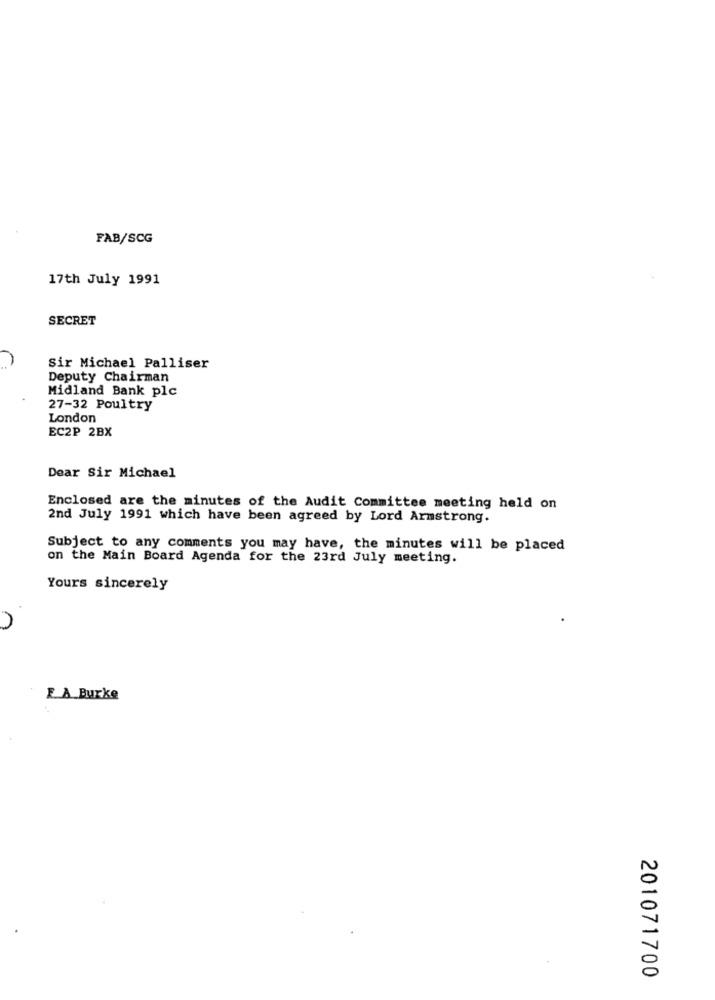
FAB/SCG
17th July 1991
SECRET
Sir Michael Palliser
Deputy Chairman
Midland Bank plc
27-32 Poultry
London
EC2P 2BX
Dear Sir Michael
Enclosed are the minutes of the Audit Committee meeting held on
2nd July 1991 which have been agreed by Lord Armstrong.
Subject to any comments you may have, the minutes will be placed
on the Main Board Agenda for the 23rd July meeting.
Yours sincerely
FA Burke
201071700